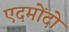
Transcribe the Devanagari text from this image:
एदमोंदो